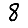
Digit: 8